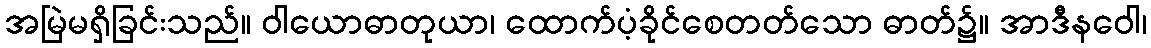
အမြဲမရှိခြင်းသည်။ ဝါယောဓာတုယာ၊ ထောက်ပံ့ခိုင်စေတတ်သော ဓာတ်၌။ အာဒီနဝေါ၊